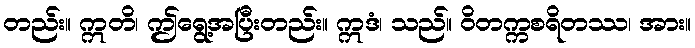
တည်း။ ဣတိ၊ ဤရွေ့အပြီးတည်း။ ဣဒံ၊ သည်။ ဝိတက္ကစရိတဿ၊ အား။